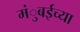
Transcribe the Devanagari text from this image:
मंुबईच्या